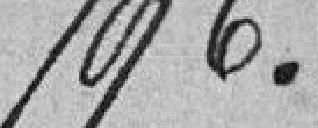
196